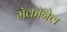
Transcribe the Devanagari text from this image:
मॅकॉनेल